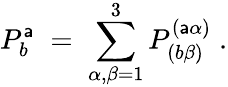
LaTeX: P_{b}^{\mathsf{a}}\; =\; \sum_{\alpha,\beta=1}^{3}P_{(b\beta)}^{(\mathsf{a}\alpha)}\; .